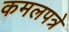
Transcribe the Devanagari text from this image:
कमलपत्रे